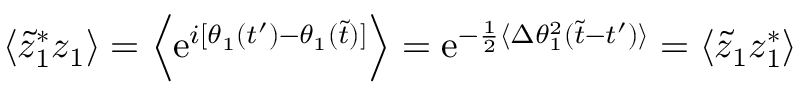
\langle \tilde { z } _ { 1 } ^ { * } z _ { 1 } \rangle = \Big \langle \mathrm { e } ^ { i [ \theta _ { 1 } ( t ^ { \prime } ) - \theta _ { 1 } ( \tilde { t } ) ] } \Big \rangle = \mathrm { e } ^ { - { \frac { 1 } { 2 } } \langle \Delta \theta _ { 1 } ^ { 2 } ( \tilde { t } - t ^ { \prime } ) \rangle } = \langle \tilde { z } _ { 1 } z _ { 1 } ^ { * } \rangle